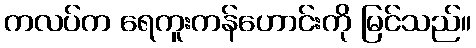
ကလပ်က ရေကူးကန်ဟောင်းကို မြင်သည်။